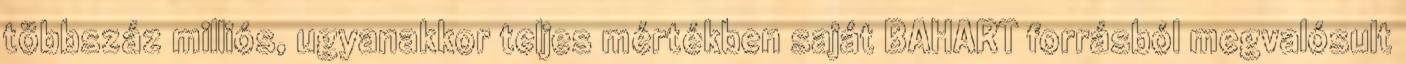
többszáz milliós, ugyanakkor teljes mértékben saját BAHART forrásból megvalósult